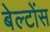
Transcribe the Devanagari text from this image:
बेल्टोंस